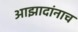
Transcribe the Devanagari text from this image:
आझादांनाच